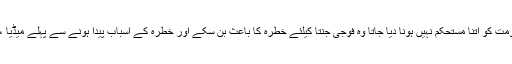
پاکستان ،مصر اور ترکی میں کسی جمہوری اور منتخب حکومت کو اتنا مستحکم نہیں ہونا دیا جاتا وہ فوجی جنتا کیلئے خطرہ کا باعث بن سکے اور خطرہ کے اسباب پیدا ہونے سے پہلے میڈیا ،مذہب اور کرپشن کے ہتھیاروں سے سر قلم کر دیا جاتا ہے ۔